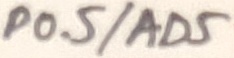
Text: P0.5/AD5